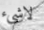
لاشيء